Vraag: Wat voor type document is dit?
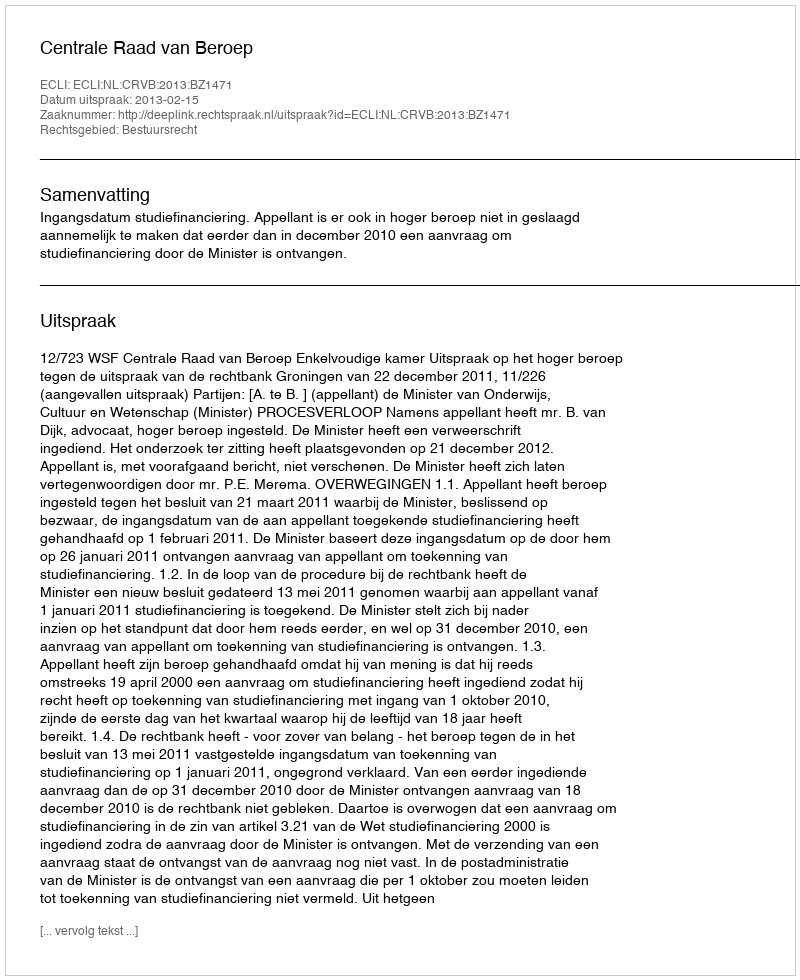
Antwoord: Uitspraak